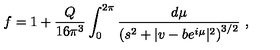
f = 1 + \frac { Q } { 1 6 \pi ^ { 3 } } \int _ { 0 } ^ { 2 \pi } \frac { d \mu } { \left( s ^ { 2 } + | v - b e ^ { i \mu } | ^ { 2 } \right) ^ { 3 / 2 } } \ ,